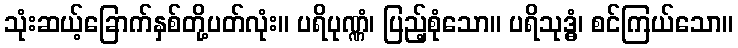
သုံးဆယ့်ခြောက်နှစ်တို့ပတ်လုံး။ ပရိပုဏ္ဏံ၊ ပြည့်စုံသော။ ပရိသုဒ္ဓံ၊ စင်ကြယ်သော။